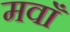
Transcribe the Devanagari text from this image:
मवाँ